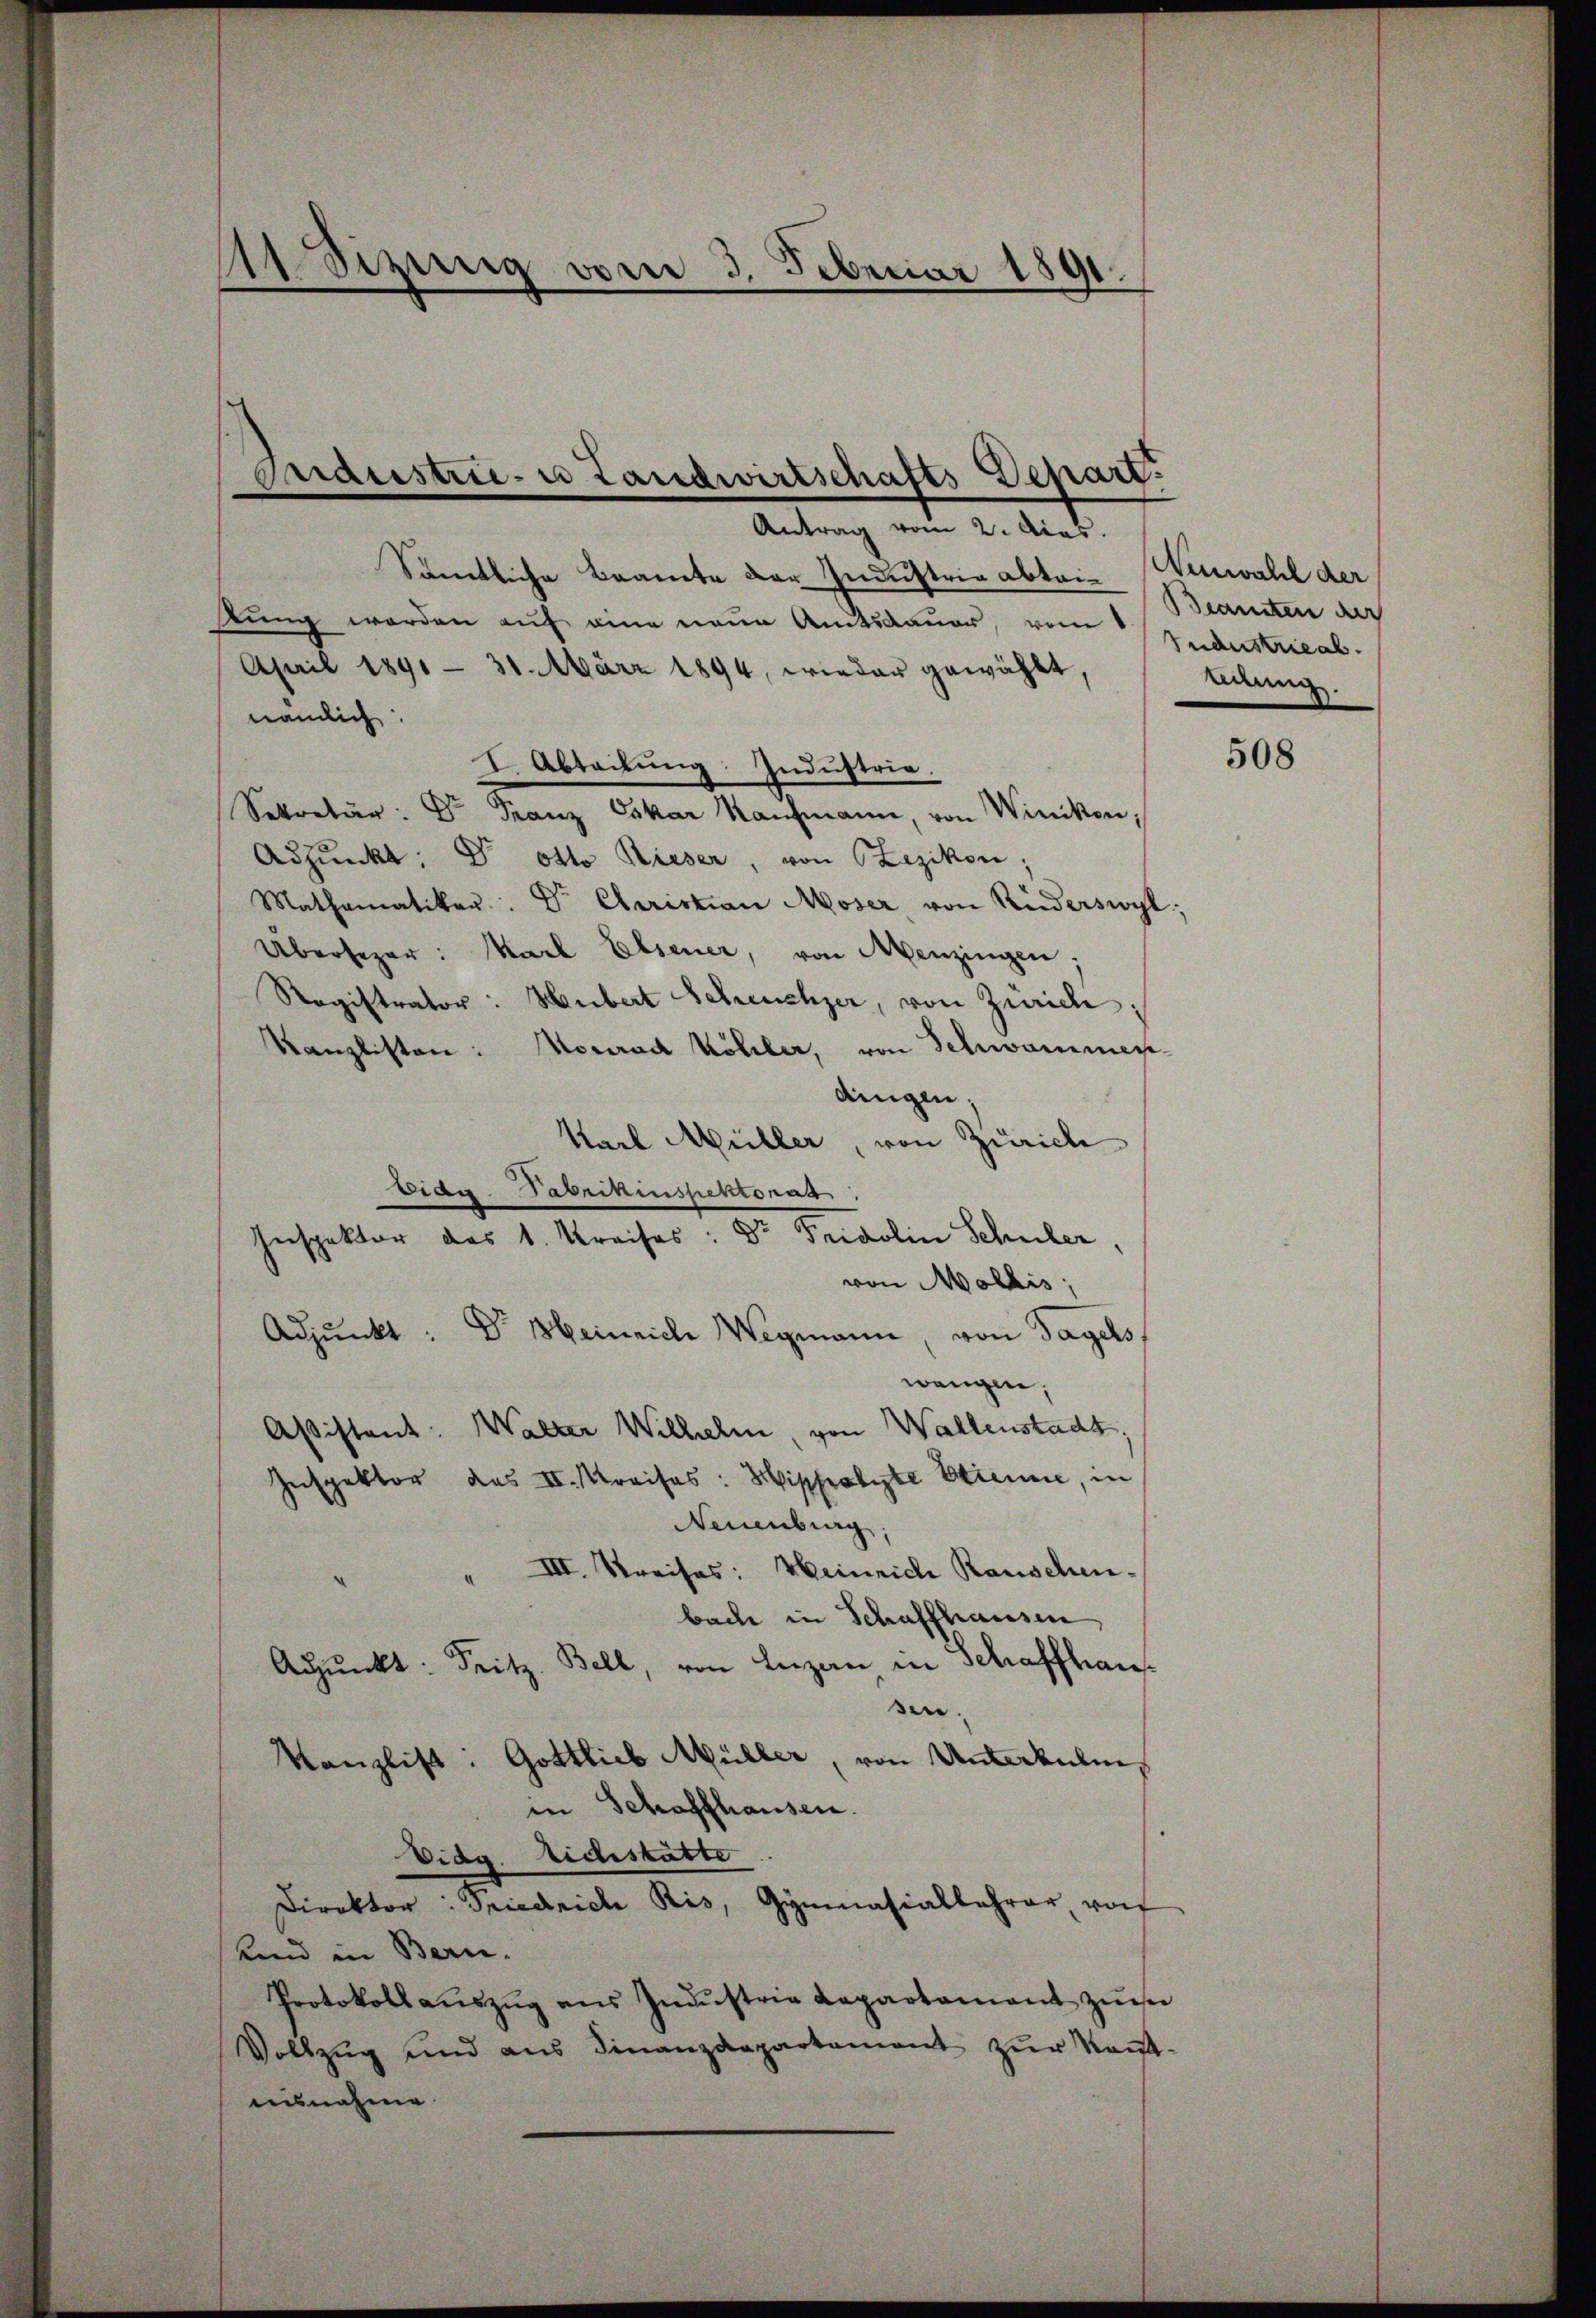
Medizinig vom 3. Februar 1891.

Bedustrie- u Landwirtschafts-Depart.
Antrag vom 2. Acas.

Sämtliche Beamte der Industrie abtrie Neuwahl der
tung werden auf eine neue Amtsdauer, von Jndustrieab.
April 1891 - 31. März 1894, wieder gewählt,
nämlich:
I. Abteilung: Industrie.
Sekretär: Dr Franz Oskar Kaufmann, von Winikon;
Adjunkt Dr. Otto Rieser, von Lezikon;
Mathematiker. Dr. Cleristian Moser, von Riederswyl,
Übersezer: Karl Elsener, von Menzingen;
Ragistrator: Hubert Scheuchzer, von Zürich
Kanzlisten: Monrad Köhler, von Schwammen-
dingen,
Karl Müller, von Zürich
Eidg. Fabrikinspektorat.
Inspektor des 1. Kreises: Dr. Fridolin Schuler,
von Mollis,
Adjunkt: Dr. Heinriche Wegmann, von Tagels
wangen,
Aßistent: Walter Wilhelm, von Wallenstadt,
Inspektor des II. Kreises: Hippolte Etienne, in
Neuenburg
III. Kreises: Heinrich Rauschen.
bache in Schaffhausen,
Adjunkt: Seitz Bell, von Luzan in Schaffhaus
sen.
Kanzlist: Gottlieb Müller, von Unterkuli,
in Schaffhausen.
Eidg. Eichistatte
Direktor: Friedrich Ris, Gymnasialbahrer, vo
Kind in Bern.
Protokoll aŭszŭg ans Indŭstria Lapartament zŭm
Vollzug und aus Finanzdepartament zŭr Kant-
ausnahme.

Beamten der
ldung.

508